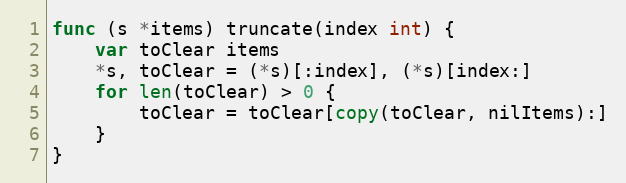
Language: Go
func (s *items) truncate(index int) {
	var toClear items
	*s, toClear = (*s)[:index], (*s)[index:]
	for len(toClear) > 0 {
		toClear = toClear[copy(toClear, nilItems):]
	}
}